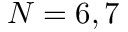
N = 6 , 7